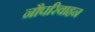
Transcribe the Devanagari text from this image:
नौपरिवाहन